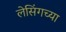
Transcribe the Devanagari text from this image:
लेसिंगच्या